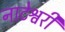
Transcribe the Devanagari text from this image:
नाटेश्वरी